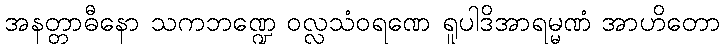
အနတ္တာဓီနော သကဘဏ္ဍေ ဝလ္လသံဝရဏေ ရူပါဒိအာရမ္မဏံ အာဟိတော